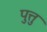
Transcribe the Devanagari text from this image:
पुत्तु